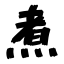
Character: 煮